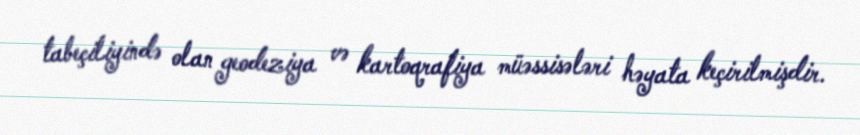
tabeçiliyində olan geodeziya və kartoqrafiya müəssisələri həyata keçirilmişdir.